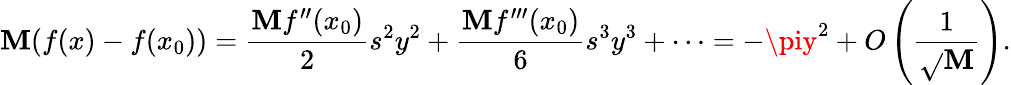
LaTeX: \mathbf{M}(f(x)-f(x_{0}))={\frac{{\mathbf{M}f^{\prime\prime}(x_{0})}}{{2}}}s^{2}y^{2}+{\frac{{\mathbf{M}f^{\prime\prime\prime}(x_{0})}}{{6}}}s^{3}y^{3}+\cdots=-\piy^{2}+O\left({\frac{{1}}{{\sqrt{}{{\mathbf{M}}}}}}\right).